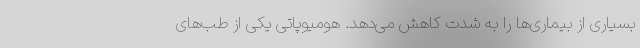
بسیاری از بیماری‌ها را به شدت کاهش می‌دهد. هومیوپاتی یکی از طب‌های